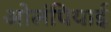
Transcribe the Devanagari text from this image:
ओलंपियाई